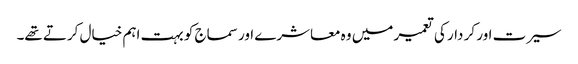
سیرت اور کر دار کی تعمیر میں وہ معاشرے اور سماج کو بہت اہم خیال کرتے تھے۔